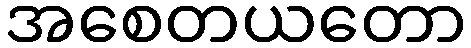
အစေတယတော